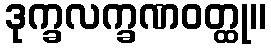
ဒုက္ခလက္ခဏဝတ္ထု။